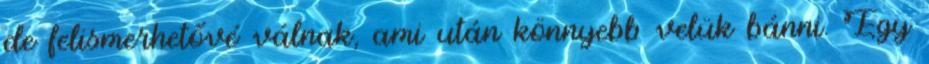
de felismerhetővé válnak, ami után könnyebb velük bánni. Egy